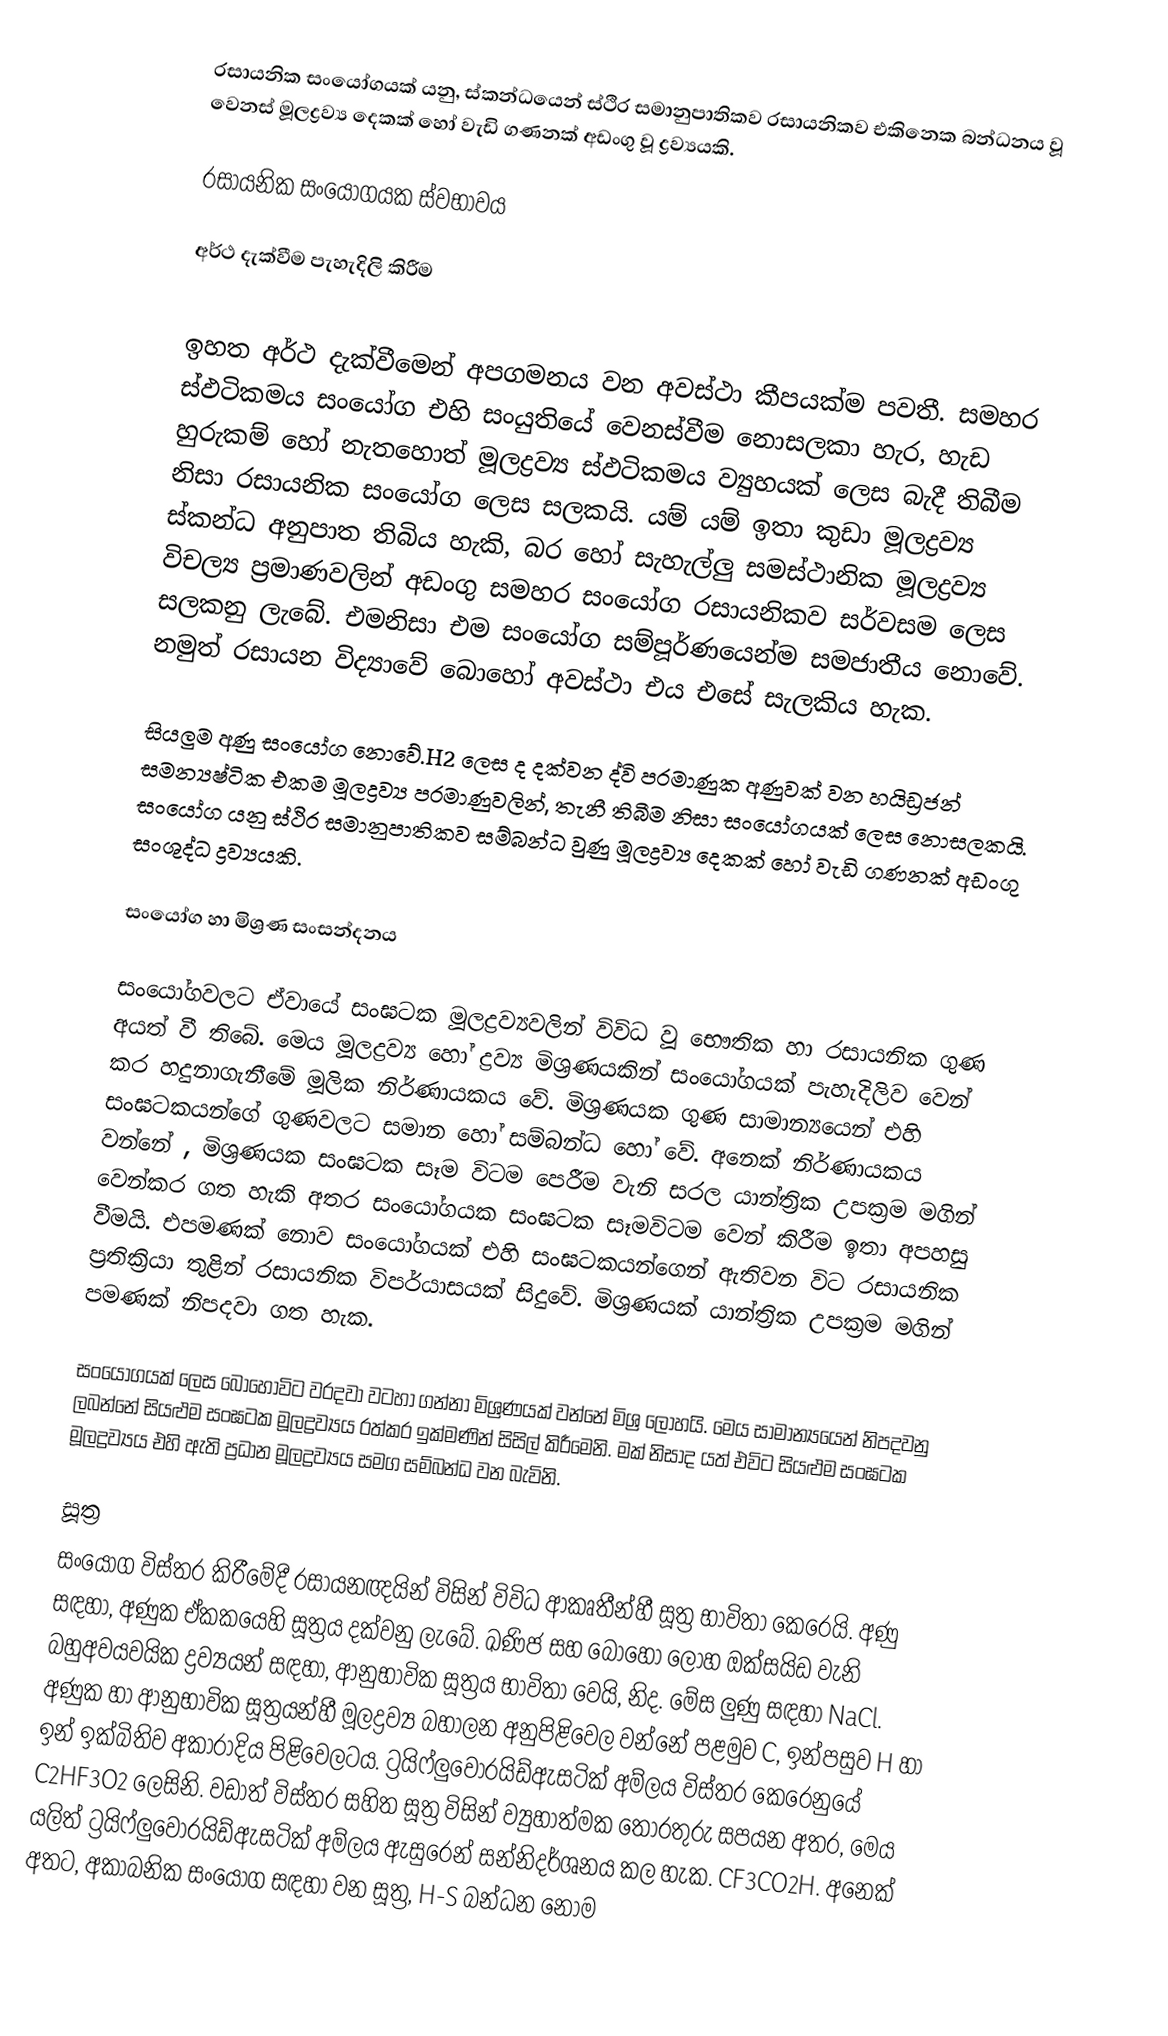
රසායනික සංයෝගයක් යනු, ස්කන්ධයෙන් ස්ථිර සමානුපාතිකව රසායනිකව එකිනෙක බන්ධනය වූ වෙනස් මූලද්‍රව්‍ය දෙකක් හෝ වැඩි ගණනක් අඩංගු වූ ද්‍රව්‍යයකි.

රසායනික සංයෝගයක ස්වභාවය

අර්ථ දැක්වීම පැහැදිලි කිරීම

ඉහත අර්ථ දැක්වීමෙන් අපගමනය වන අවස්ථා කීපයක්ම පවතී. සමහර ස්ඵටිකමය සංයෝග එහි සංයුතියේ වෙනස්වීම නොසලකා හැර, හැඩ හුරුකම් හෝ නැතහොත් මූලද්‍රව්‍ය ස්ඵටිකමය ව්‍යුහයක් ලෙස බැදී තිබීම නිසා රසායනික සංයෝග ලෙස සලකයි. යම් යම් ඉතා කුඩා මූලද්‍රව්‍ය ස්කන්ධ අනුපාත තිබිය හැකි, බර හෝ සැහැල්ලු සමස්ථානික මූලද්‍රව්‍ය විචල්‍ය ප්‍රමාණවලින් අඩංගු සමහර සංයෝග රසායනිකව සර්වසම ලෙස සලකනු ලැබේ. එමනිසා එම සංයෝග සම්පූර්ණයෙන්ම සමජාතීය නොවේ. නමුත් රසායන විද්‍යාවේ බොහෝ අවස්ථා එය එසේ සැලකිය හැක.

සියලුම අණු සංයෝග නොවේ.H2 ලෙස ද දක්වන ද්වි පරමාණුක අණුවක් වන හයිඩ්‍රජන් සමන්‍යෂ්ටික එකම මූලද්‍රව්‍ය පරමාණුවලින්, තැනී තිබීම නිසා සංයෝගයක් ලෙස නොසලකයි. සංයෝග යනු ස්ථිර සමානුපාතිකව සම්බන්ධ වුණු මූලද්‍රව්‍ය දෙකක් හෝ වැඩි ගණනක් අඩංගු සංශුද්ධ ද්‍රව්‍යයකි.

සං‍යෝග හා මිශ්‍රණ සංසන්දනය

සංයෝගවලට ඒවායේ සංඝටක මූලද්‍රව්‍යවලින් විවිධ වූ භෞතික හා රසායනික ගුණ අයත් වී තිබේ. මෙය මූලද්‍රව්‍ය හෝ ද්‍රව්‍ය මිශ්‍රණයකින් සංයෝගයක් පැහැදිලිව වෙන් කර හදුනාගැනීමේ මූලික නිර්ණායකය වේ. මිශ්‍රණයක ගුණ සාමාන්‍යයෙන් එහි සංඝටකයන්ගේ ගුණවලට සමාන හෝ සම්බන්ධ හෝ වේ. අනෙක් නිර්ණායකය වන්නේ , මිශ්‍රණයක සංඝ‍ටක සෑම විටම පෙරීම වැනි සරල යාන්ත්‍රික උපක්‍රම මගින් වෙන්කර ගත හැකි අතර සංයෝගයක සංඝටක සෑමවිටම වෙන් කිරීම ඉතා අපහසු වීමයි. එපමණක් නොව සංයෝගයක් එහි සංඝටකයන්ගෙන් ඇතිවන විට රසායනික ප්‍රතික්‍රියා තුළින් ‍රසායනික විපර්යාසයක් සිදුවේ. මිශ්‍රණයක් යාන්ත්‍රික උපක්‍රම මගින් පමණක් නිපදවා ගත හැක.

සංයෝගයක් ලෙස බොහෝවිට වරදවා වටහා ගන්නා මිශ්‍රණයක් වන්නේ මිශ්‍ර ලෝහයි. මෙය සාමාන්‍යයෙන් නිපදවනු ලබන්නේ සියළුම සංඝටක මූලද්‍රව්‍යය රත්කර ඉක්මණින් සිසිල් කිරීමෙනි. මක් නිසාද යත් එවිට සියළුම සංඝටක මූලද්‍රව්‍යය එහි ඇති ප්‍රධාන මූලද්‍රව්‍යය සමග සම්බන්ධ වන බැවිනි.

සූත්‍ර
සංයෝග විස්තර කිරීමේදී රසායනඥයින් විසින් විවිධ ආකෘතීන්හී සූත්‍ර භාවිතා කෙරෙයි.  අණු සඳහා, අණුක ඒකකයෙහි සූත්‍රය දක්වනු ලැබේ.   ඛණිජ සහ බොහෝ ලෝහ ඔක්සයිඩ වැනි  බහුඅවයවයික ද්‍රව්‍යයන් සඳහා, ආනුභාවික සූත්‍රය භාවිතා වෙයි, නිද.  මේස ලුණු සඳහා NaCl.  අණුක හා ආනුභාවික සූත්‍රයන්හී මූලද්‍රව්‍ය බහාලන අනුපිළිවෙල වන්නේ පළමුව  C, ඉන්පසුව H හා ඉන් ඉක්බිතිව අකාරාදිය පිළිවෙලටය.  ට්‍රයිෆ්ලුවොරයිඩ්ඇසටික් අම්ලය විස්තර කෙරෙනුයේ C2HF3O2 ලෙසිනි. වඩාත් විස්තර සහිත සූත්‍ර විසින් ව්‍යුහාත්මක තොරතුරු සපයන අතර, මෙය යලිත් ට්‍රයිෆ්ලුවොරයිඩ්ඇසටික් අම්ලය ඇසුරෙන් සන්නිදර්ශනය කල හැක. CF3CO2H.  අනෙක් අතට,  අකාබනික සංයෝග සඳහා වන සූත්‍ර, H-S බන්ධන නොම